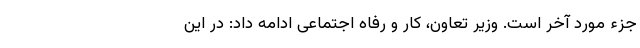
جزء مورد آخر است. وزیر تعاون، کار و رفاه اجتماعی ادامه داد: در این